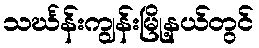
သင်္ဃန်းကျွန်းမြို့နယ်တွင်